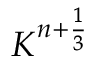
K ^ { n + \frac { 1 } { 3 } }